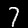
Label: 7